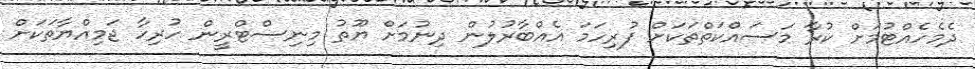
ދެމެހެއްޓުމަށް ކުރާ މަސައްކަތްތަކަށް ފުރިހަމަ އެއްބާރުލުން ދިނުމަށް ޔޫތު މިނިސްޓްރީން ހުރިހާ ޖަމިއްޔާތަކަށް